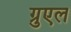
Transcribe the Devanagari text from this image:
ग्रुएल